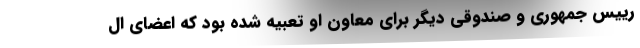
رییس جمهوری و صندوقی دیگر برای معاون او تعبیه شده بود که اعضای ال